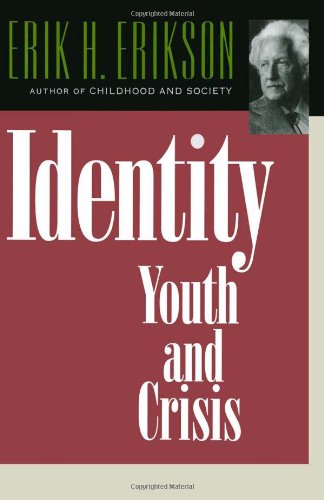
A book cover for Identity: Youth and Crisis (Austen Riggs Monograph); Erik H. Erikson; Science & Math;